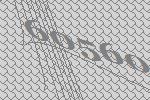
60560